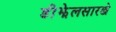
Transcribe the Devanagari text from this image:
डीझेलसारखे